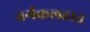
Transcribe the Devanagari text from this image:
वर्गकलहात